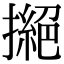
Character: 撧